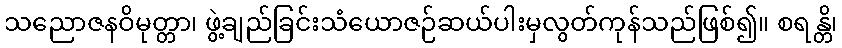
သညောဇနဝိမုတ္တာ၊ ဖွဲ့ချည်ခြင်းသံယောဇဉ်ဆယ်ပါးမှလွတ်ကုန်သည်ဖြစ်၍။ စရန္တိ၊